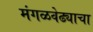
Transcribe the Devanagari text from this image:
मंगळवेढ्याचा